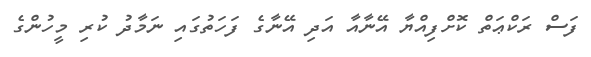
ފަސް ރަކްޢަތް ކޮށްފިއްޔާ އޭނާއާ އަދި އޭނާގެ ފަހަތުގައި ނަމާދު ކުރި މީހުންގެ